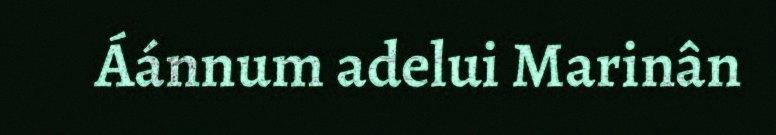
Áánnum adelui Marinân